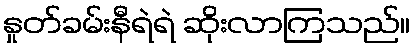
နှုတ်ခမ်းနီရဲရဲ ဆိုးလာကြသည်။